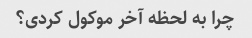
چرا به لحظه آخر موکول کردی؟